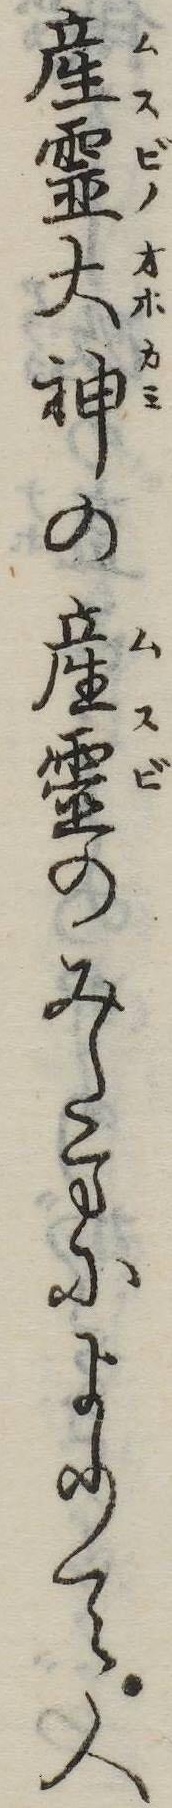
産霊大神の産霊のみたまによりて人